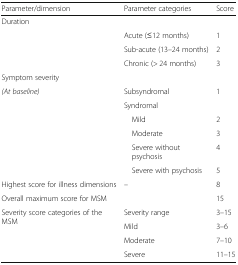
<table><thead><tr><td><b>Parameter/dimension</b></td><td><b>Parameter categories</b></td><td><b>Score</b></td></tr></thead><tbody><tr><td colspan="3">Duration</td></tr><tr><td></td><td>Acute (≤12 months)</td><td>1</td></tr><tr><td></td><td>Sub-acute (13–24 months)</td><td>2</td></tr><tr><td></td><td>Chronic (&gt; 24 months)</td><td>3</td></tr><tr><td colspan="3">Symptom severity</td></tr><tr><td><i>(At baseline)</i></td><td>Subsyndromal</td><td>1</td></tr><tr><td></td><td>Syndromal</td><td></td></tr><tr><td></td><td> Mild</td><td>2</td></tr><tr><td></td><td> Moderate</td><td>3</td></tr><tr><td></td><td> Severe without psychosis</td><td>4</td></tr><tr><td></td><td> Severe with psychosis</td><td>5</td></tr><tr><td>Highest score for illness dimensions</td><td>–</td><td>8</td></tr><tr><td>Overall maximum score for MSM</td><td></td><td>15</td></tr><tr><td rowspan="4">Severity score categories of the MSM</td><td>Severity range</td><td>3–15</td></tr><tr><td>Mild</td><td>3–6</td></tr><tr><td>Moderate</td><td>7–10</td></tr><tr><td>Severe</td><td>11–15</td></tr></tbody></table>